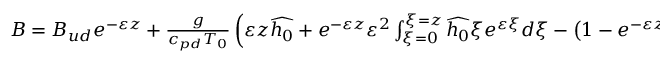
\begin{array} { r } { B = B _ { u d } e ^ { - \varepsilon z } + \frac { g } { c _ { p d } T _ { 0 } } \left( \varepsilon z \widehat { h _ { 0 } } + e ^ { - \varepsilon z } \varepsilon ^ { 2 } \int _ { \xi = 0 } ^ { \xi = z } \widehat { h _ { 0 } } \xi e ^ { \varepsilon \xi } d \xi - \left( 1 - e ^ { - \varepsilon z } \right) h _ { 0 } ^ { * } \right) . } \end{array}